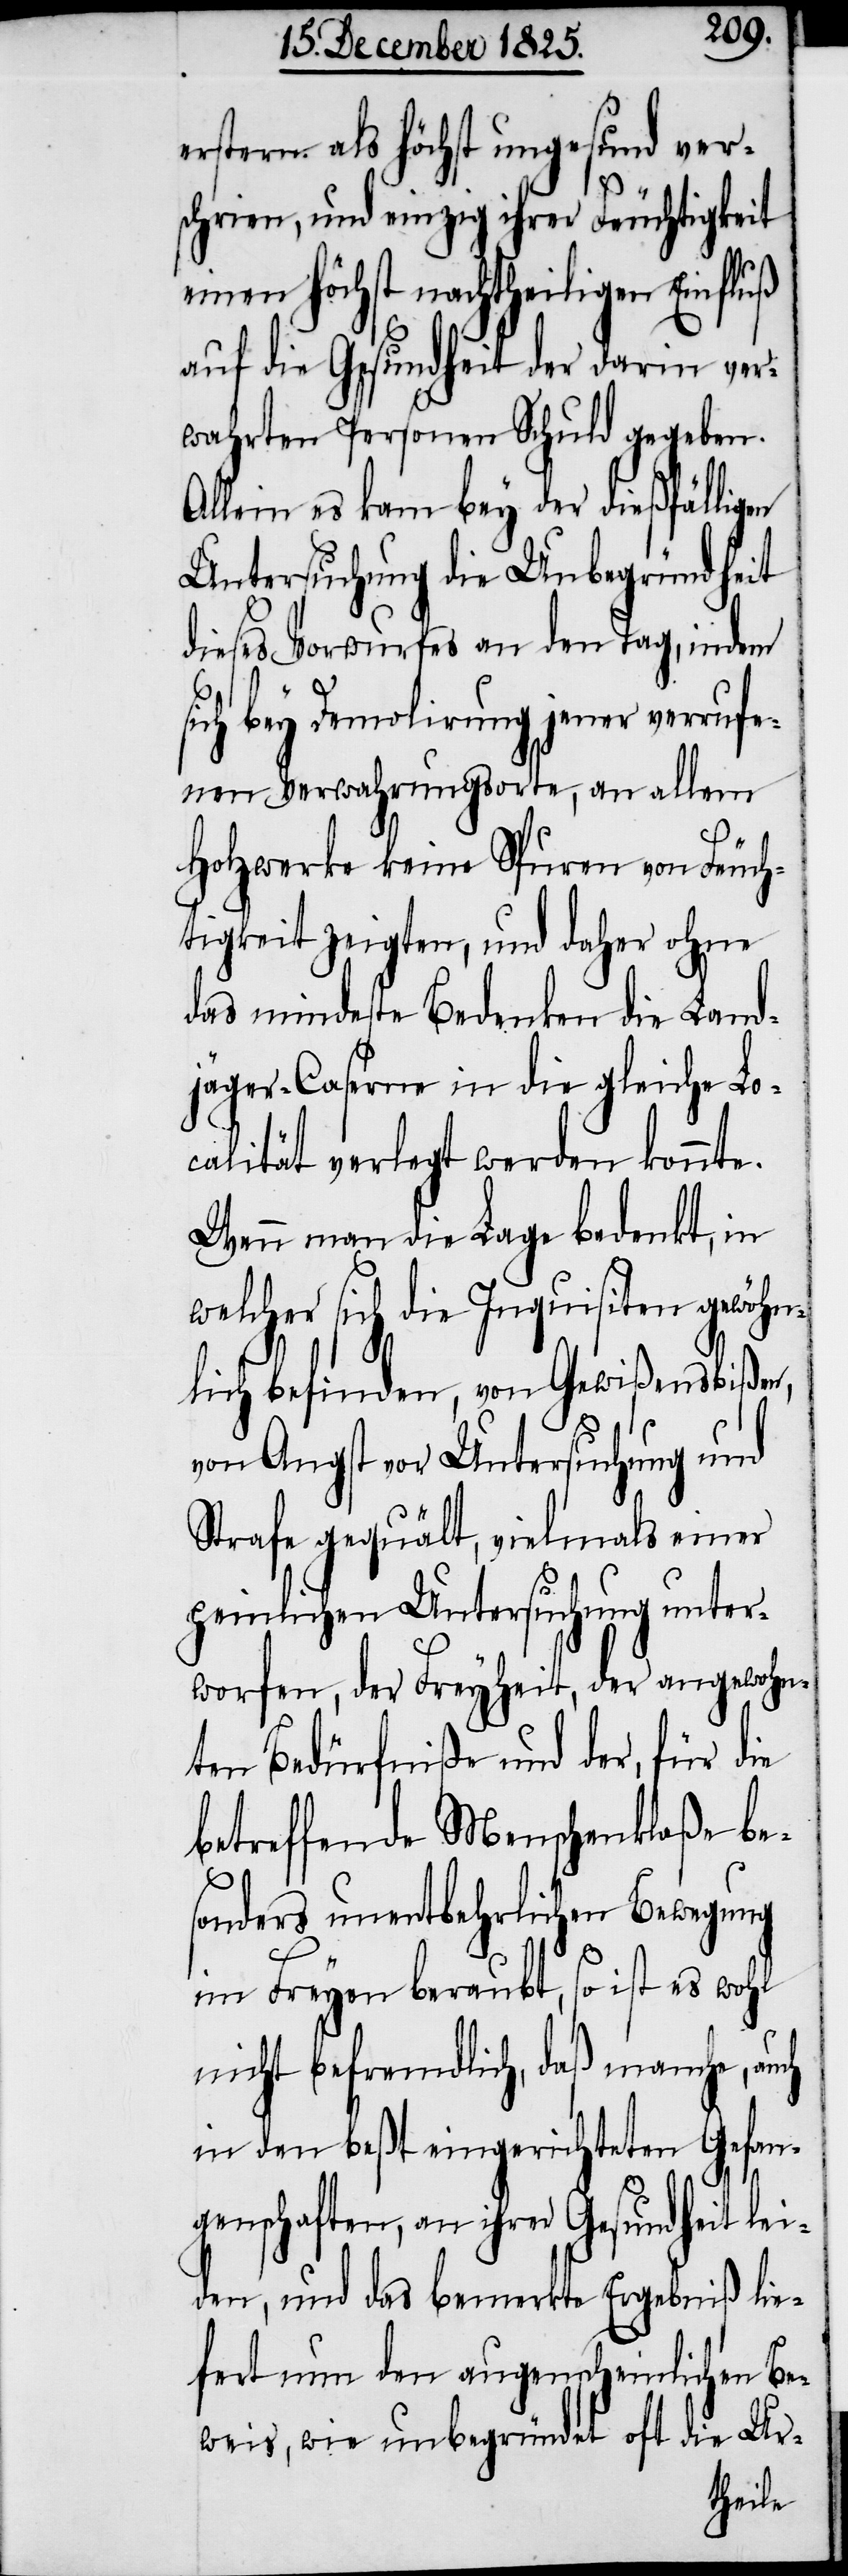
erstere als höchst ungesund ver¬
schrien, und einzig ihrer Feuchtigkeit
einen höchst nachtheiligen Einfluß
auf die Gesundheit der darin ver¬
wahrten Personen Schuld gegeben.
Allein es kam bey der dießfälligen
Untersuchung die Unbegründheit
dieses Vorwurfes an den Tag, indem
sich bey Demolirung jener verrufe¬
nen Verwahrungsorte, an allem
Holzwerke keine Spuren von Feuch¬
tigkeit zeigten, und daher ohne
das mindeste Bedenken die Land¬
jäger-Caserne in die gleiche Lo¬
calität verlegt werden konnte.
Wenn man die Lage bedenkt, in
welcher sich die Inquisiten gewöhn¬
lich befinden, von Gewißensbiß¬
von Angst vor Untersuchung und
er¬
Strafe gequält, vielmals
peinlichen Untersuchung unt¬
worfen, der Freyheit, der angewoh¬
nten Bedürfniße und der, für die
betreffende Menschenklaße be¬
sonders unentbehrlichen Bewegung
im Freyen beraubt, so ist es wohl
nicht befremdlich, daß manche,
in den beßt eingerichteten Gefan¬
genschaften, an ihrer Gesundheit lei¬
den, und das bemerkte Ergebniß lie¬
fert nun den augenscheinlichen Be¬
die
weis, wie unbegrü¬